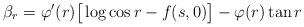
LaTeX: \begin{align*}\beta_r=\varphi'(r)\big[\log\cos r - f(s,0)\big] -\varphi(r)\tan r\end{align*}